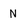
Character: N